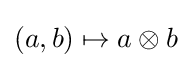
(a,b)\mapsto a\otimes b